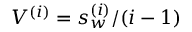
V ^ { ( i ) } = s _ { w } ^ { ( i ) } / ( i - 1 )